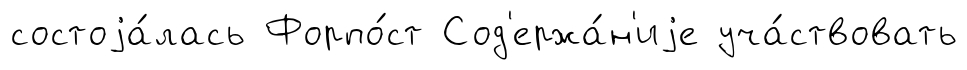
состоjа́лась Форпо́ст Сод'ержа́н'иjе уча́ствовать